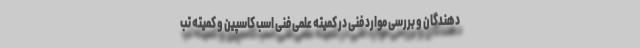
دهندگان و بررسی موارد فنی در کمیته علمی فنی اسب کاسپین و کمیته تب